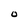
Character: O